General report no. 6 on the lunatic asylums, vaccination and dispensaries in the Bengal Presidency, 1873 -
Year: 1873
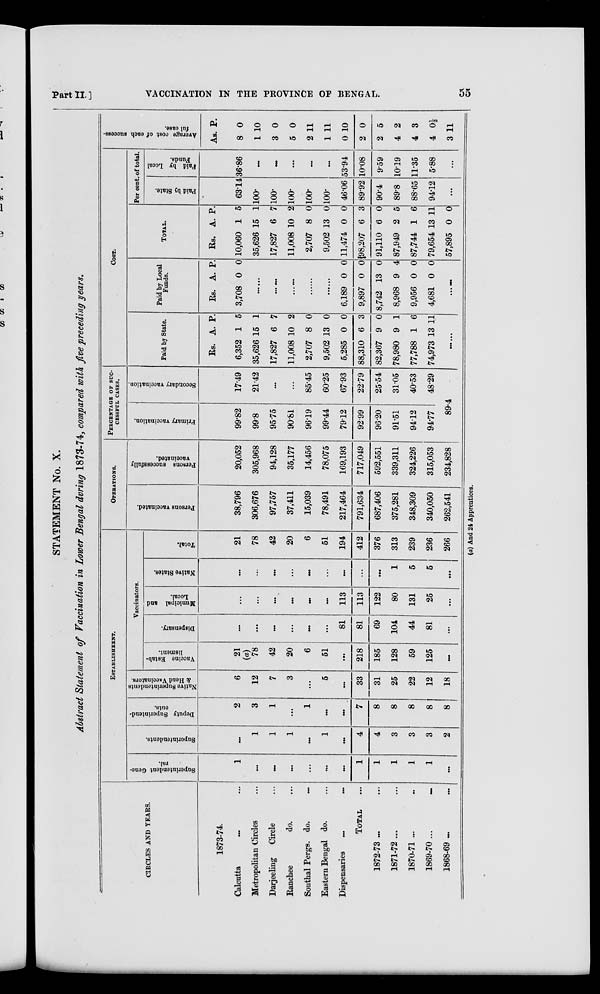
Part II.]
VACCINATION IN THE PROVINCE OF BENGAL.
55
STATEMENT No. X.
Abstract Statement of Vaccination in Lower Bengal during 1873-74, compared with five preceding years.
CIRCLES AND YEARS.
1873-74.
Calcutta ... ...
Metropolitan Circles ...
Darjeeling
Circle ...
Ranchee
do. ...
Sonthal Pergs. do. ...
Eastern Bengal do. ...
Dispensaries
...
...
TOTAL ...
1872-73 ... ...
1871-72 ... ...
1870-71 ... ...
1869-70 ... ...
1868-69
...
...
ESTABLISHMENT.
Superintendent Gene-
ral.
1
...
...
...
...
...
...
1
1
1
1
1
...
Superintendents.
...
1
1
1
...
1
...
4
4
3
3
3
2
Deputy Superintend-
ents.
2
3
1
...
1
...
...
7
8
8
8
8
8
Native Superintendents
& Head Vaccinators.
6
12
7
3
...
5
...
33
31
25
22
12
18
Vaccinators.
Vaccine Estab-
lisment.
21
(a)
78
42
20
6
51
...
218
185
128
59
125
...
Dispensary.
...
...
...
...
...
...
81
81
69
104
44
81
...
Municipal and
Local.
...
...
...
...
...
...
113
113
122
80
131
25
...
Native States.
...
...
...
...
...
...
...
...
...
1
5
5
...
Total.
21
78
42
20
6
51
194
412
376
313
239
236
266
OPERATIONS.
Persons vaccinated.
38,796
306,676
97,757
37,411
15,039
78,491
217,464
791,634
687,406
375,281
348,309
340,050
262,541
Persons successfully
vaccinated.
20,052
305,968
94,128
35,177
14,456
78,075
169,193
717,049
592,551
339,311
324,226
315,053
234,828
PERCENTAGE OF SUC-
------- CASES.
Primary vaccination.
99.82
99.8
95.75
90.81
96.19
99.44
79.12
92.99
96.20
91.51
94.12
94.77
Secondary vaccination.
17.49
21.42
...
...
85.45
60.25
67.93
22.79
25.54
31.05
40.53
48.29
89.4
COST.
Paid by State.
Rs.
6,352
35,626
17,827
11,008
2,707
9,502
5,285
88,310
82,367
78,980
77,788
74,973
A.
1
15
6
10
8
13
0
6
9
9
1
13
P.
5
1
7
2
0
0
0
3
0
1
6
11
......
Paid by Local
Funds.
Rs.
3,708
A.
0
P.
0
......
......
......
......
......
6,189
9,897
8,742
8,968
9,956
4,681
0
0
13
9
0
0
0
0
0
4
0
0
......
TOTAL.
Rs.
10,060
35,626
17,827
11,008
2,707
9,502
11,474
98,207
91,110
87,949
87,744
79,654
57,895
A.
1
15
6
10
8
13
0
6
6
2
1
13
0
P.
5
1
7
2
0
0
0
3
0
5
6
11
0
Per cent. of total.
Paid by State.
63.14
100.
100.
100.
100.
100.
46.06
89.92
90.4
89.8
88.65
94.12
...
Paid by Local
Funds.
36.86
...
...
...
...
...
53.94
10.08
9.59
10.19
11.35
5.88
...
Average cost of each success-
ful case.
As.
8
1
3
5
2
1
0
2
2
4
4
4
3
P.
0
10
0
0
11
11
10
0
5
2
3
0½
11
(a) And 24 Apprentices.